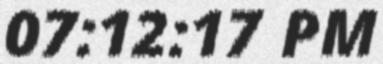
07:12:17 PM